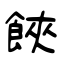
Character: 𩛩